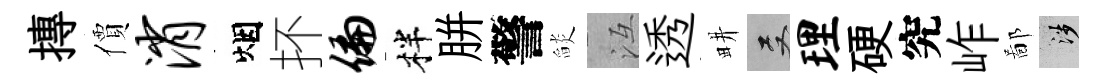
摶價消烟抔偏柈胼警𦦨冱透畊双理硬究岞鄙涉